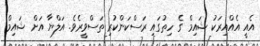
އެއީ އެއްއިރަކު ޝައިމް ގެ ހިތުގައި ރަސްކަންކުރި ތަސްވީރެވެ. އަލްޔާ އަށް ޝައިމް